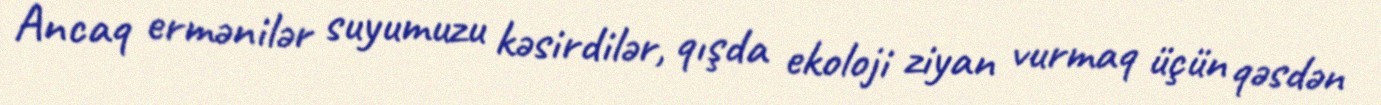
Ancaq ermənilər suyumuzu kəsirdilər, qışda ekoloji ziyan vurmaq üçün qəsdən